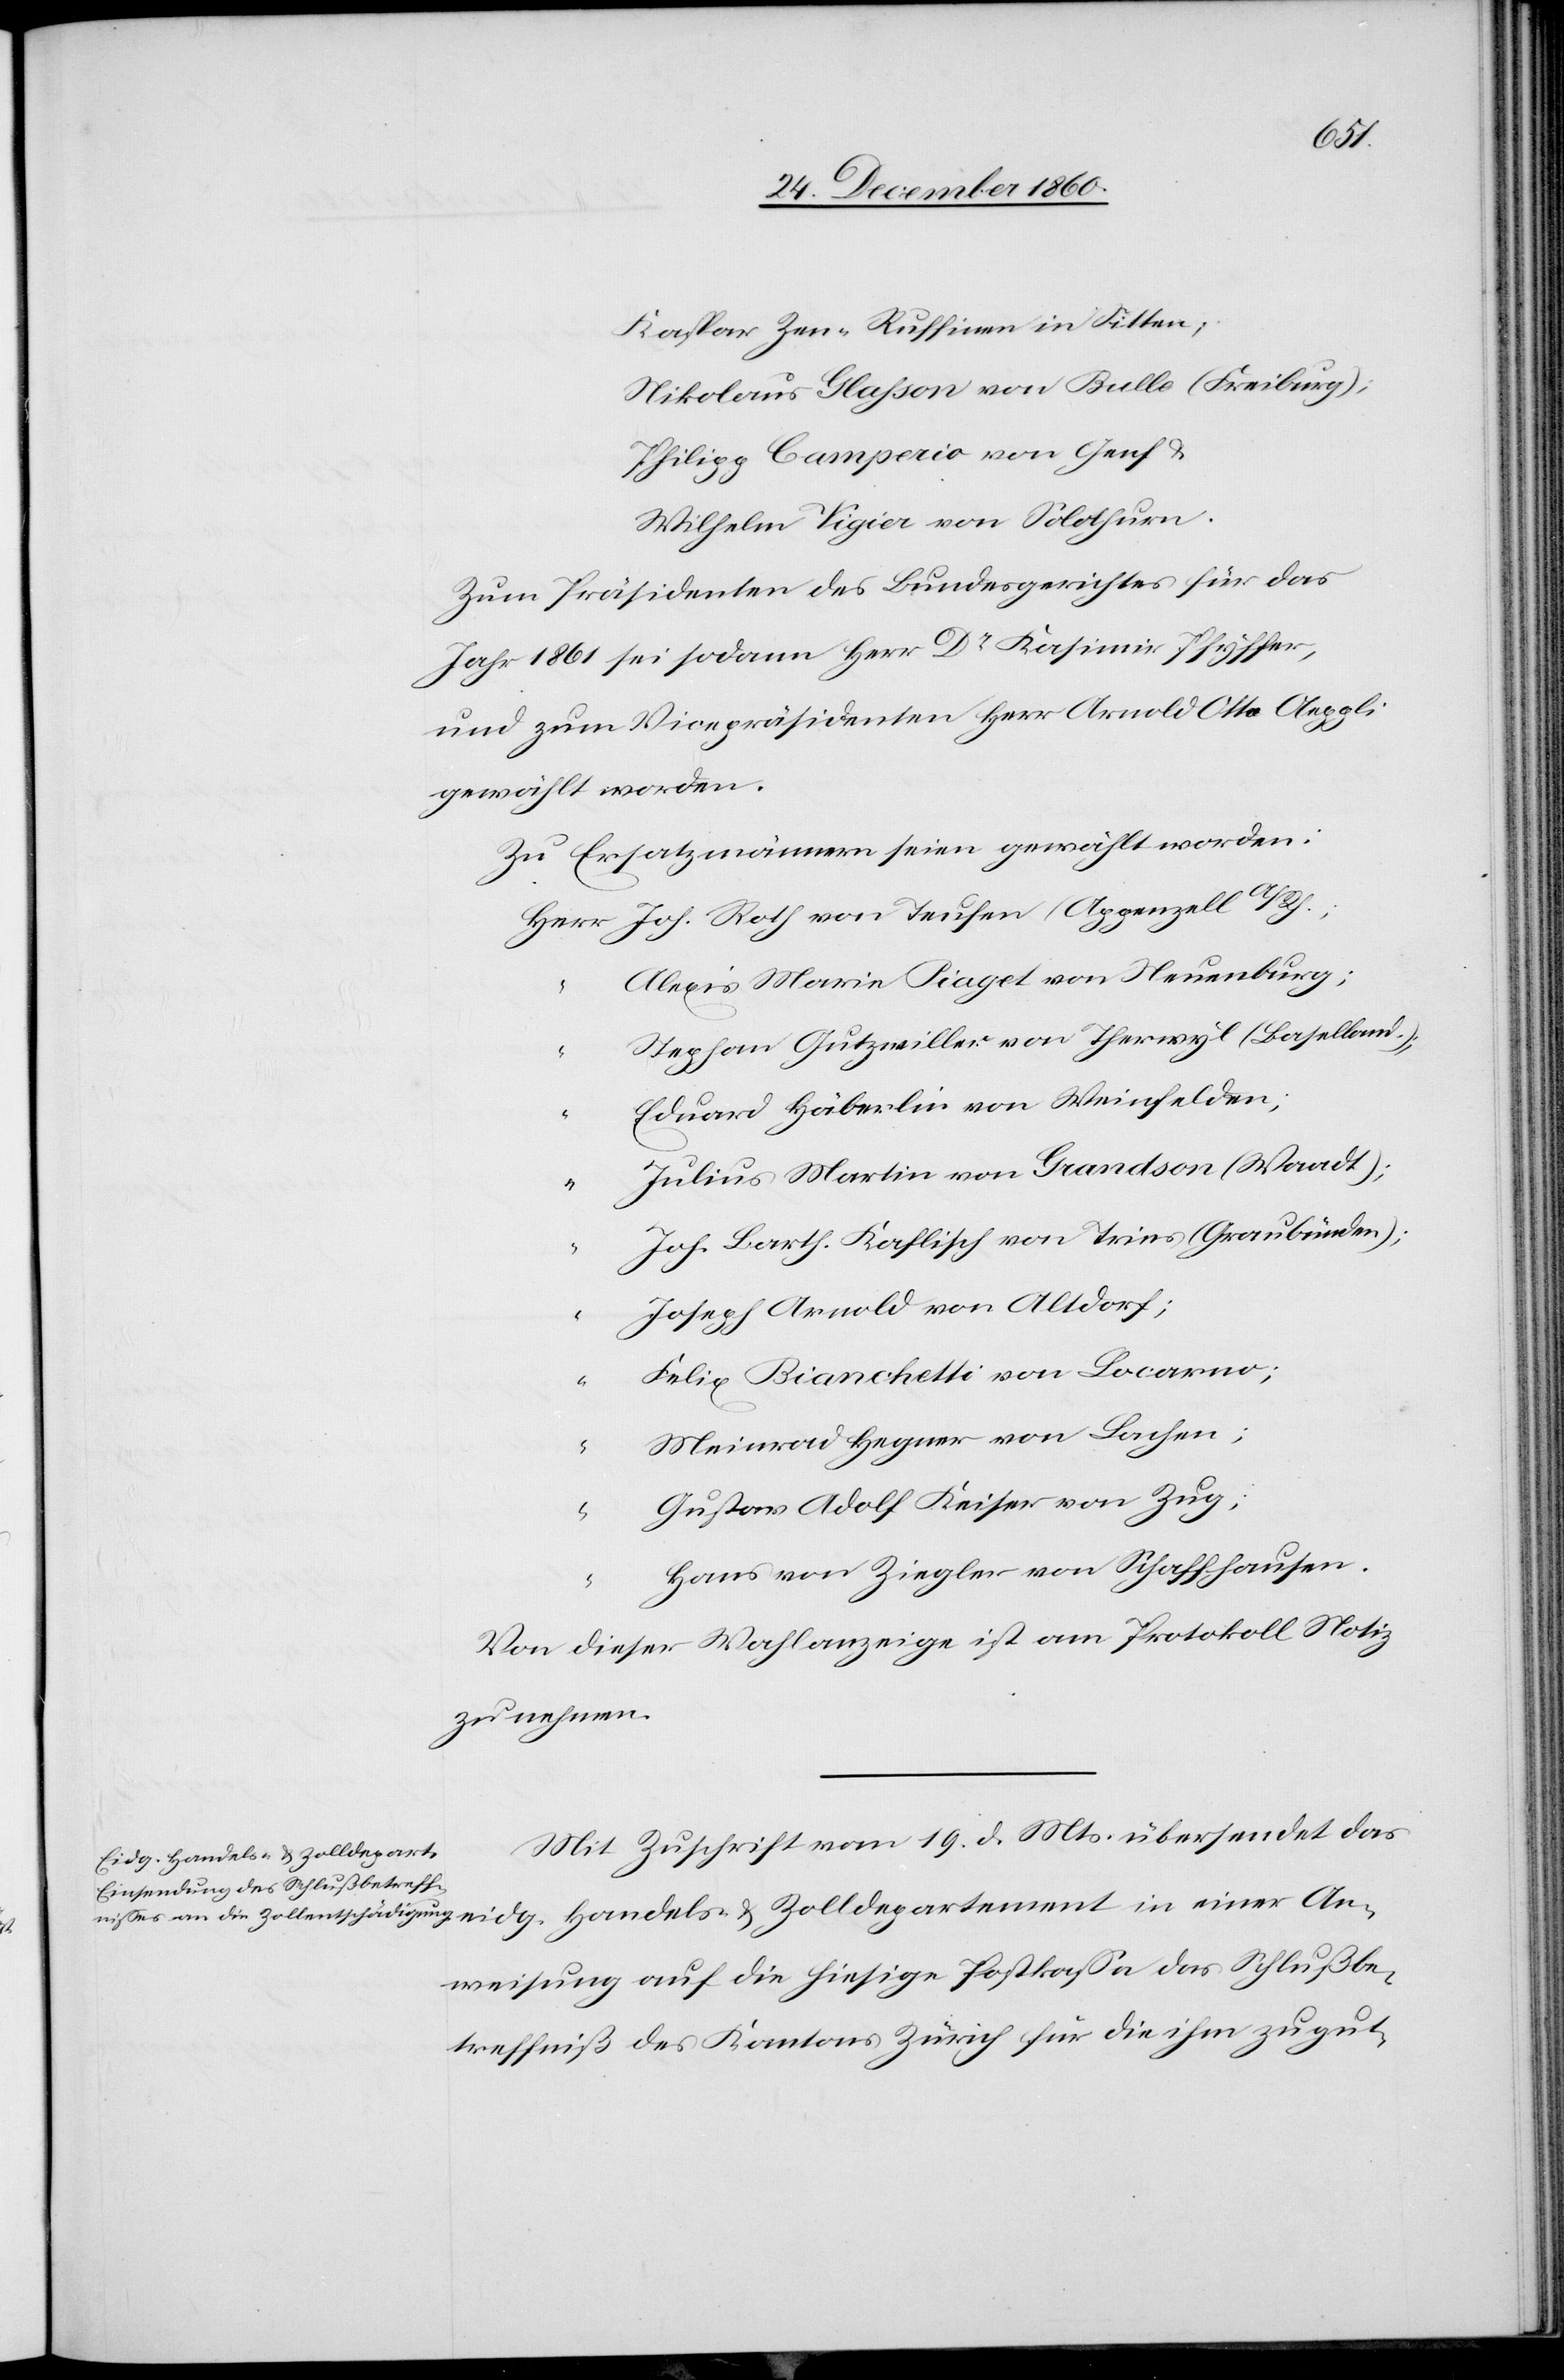
Joh.
Kaspar Zen-Russinen in Sitten;
Nikolaus Glasson von Bulle (Freiburg);
Philipp Campeiro von Genf u.
Wilhelm Vigier von Solothurn.
Zum Präsidenten des Bundesgerichtes für das
Jahr 1861 sei sodann Herr Dr Kasimir Pfyffer,
und zum Vicepräsidenten Herr Arnold Otto Aeppli
gewählt worden.
Zu Ersatzmännern seien gewählt worden:
Alexis Maria Piaget von Neuenburg;
An¬
Stephan Gutzweiller von Therwyl (Baselland);
“
Eduard Häberlin von Weinfelden;
Julius Martin von Grandson (Waadt);
“
Joh. Barth. Kaflisch von Tries (Graubünden);
Joseph Arnold von Altdorf;
Felix Bianchetti von Locarno;
Meinrad Hegner von Lachen;
“
Gustav Adolf Keiser von Zug;
“
Hans von Ziegler von Schaffhausen.
Von dieser Wahlanzeige ist am Protokoll Notiz
zu nehmen.
Mit Zuschrift vom 19. d. Mts. übersendet das
eidg. Handels- u. Zolldeparte¬
weisung auf die hiesige Postkassa das Schlußbe¬
treffniß des Kantons Zürich für die ihm zu gut-